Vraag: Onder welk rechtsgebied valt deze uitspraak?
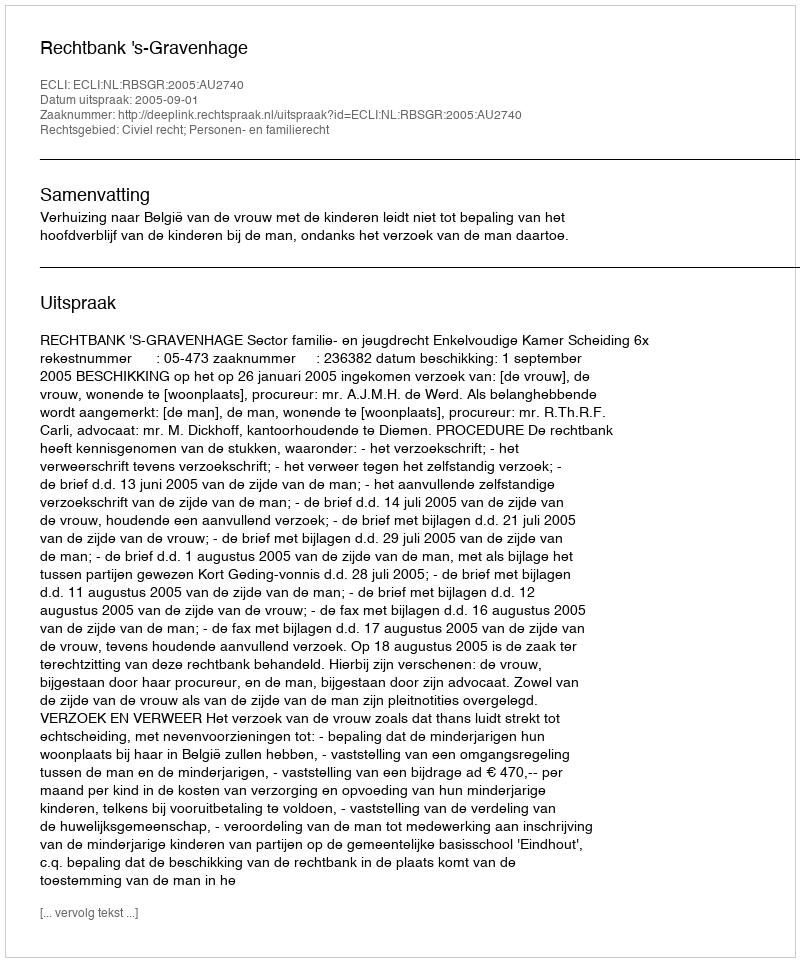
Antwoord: Civiel recht; Personen- en familierecht